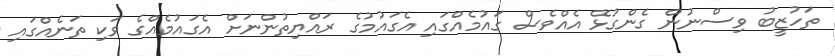
ތަހުޒީބު ވިސްނުން ގެންގުޅޭ އެއްވެސް ގައުމެއްގައި އެގައުމުގެ ރައްޔިތުންނަށް އެގައުމެއްގެ ވަކި ތަނެއްގައި